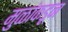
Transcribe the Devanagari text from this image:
मुळांकडून